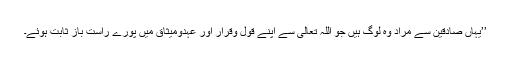
’’یہاں صادقین سے مراد وہ لوگ ہیں جو اللہ تعالی سے اپنے قول وقرار اور عہدومیثاق میں پورے راست باز ثابت ہوئے۔